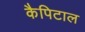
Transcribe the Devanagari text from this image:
कैपिटाल